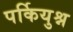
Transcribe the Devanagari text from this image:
पर्कियुश्न